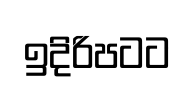
ඉදිරිපටට